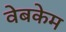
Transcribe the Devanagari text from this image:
वेबकेम